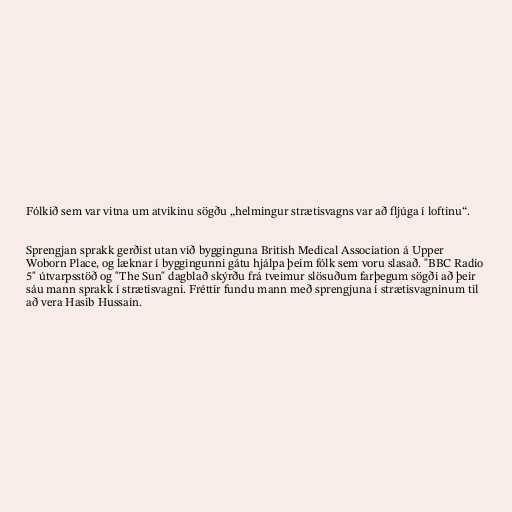
Fólkið sem var vitna um atvikinu sögðu „helmingur strætisvagns var að fljúga í loftinu“.

Sprengjan sprakk gerðist utan við bygginguna British Medical Association á Upper
Woborn Place, og læknar í byggingunni gátu hjálpa þeim fólk sem voru slasað. "BBC Radio
5" útvarpsstöð og "The Sun" dagblað skýrðu frá tveimur slösuðum farþegum sögði að þeir
sáu mann sprakk í strætisvagni. Fréttir fundu mann með sprengjuna í strætisvagninum til
að vera Hasib Hussain.